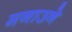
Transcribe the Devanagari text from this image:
मनाउने